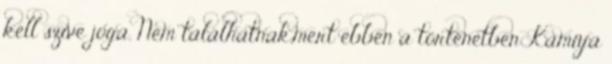
kell szíve joga. Nem találhatnak,mert ebben a történetben Kamiya